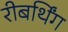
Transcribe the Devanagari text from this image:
रीबर्थिंग